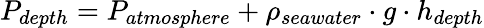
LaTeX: P_{depth}=P_{atmosphere}+\rho_{seawater}\cdot g\cdot h_{depth}